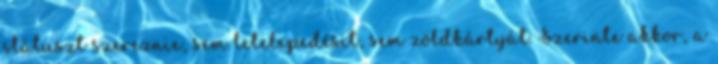
státuszt szereznie, sem letelepedésit, sem zöldkártyát. Szerinte akkor, a